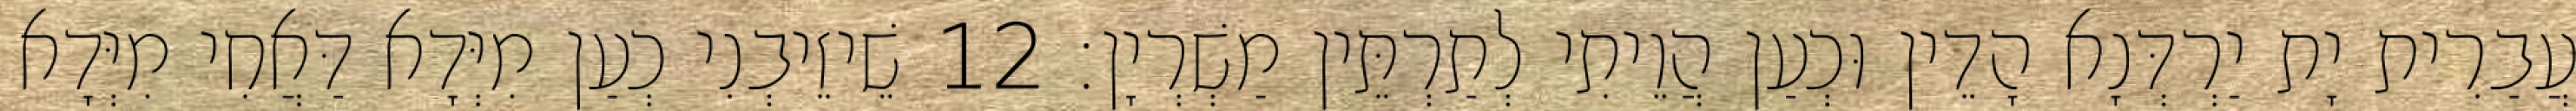
עֲבַרִית יָת יַרְדְּנָא הָדֵין וּכְעַן הֲוֵיתִי לְתַרְתֵּין מַשְׁרְיָן׃ 12 שֵׁיזֵיבְנִי כְעַן מִיְּדָא דַּאֲחִי מִיְּדָא